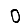
Digit: 0